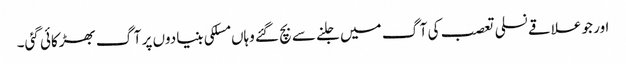
اور جو علاقے نسلی تعصب کی آگ میں جلنے سے بچ گئے وہاں مسلکی بنیادوں پر آگ بھڑکائی گئی۔